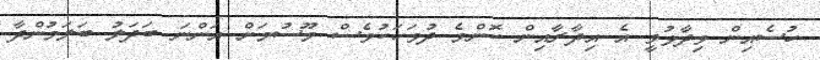
ހުސެއިން ވިދާޅުވީ އެ އިދާރާއިން ކޮންމެ ދުވަހަކުވެސް މޫސުމަށް އަންނަ ބަދަލު ބަލަމުންދާ